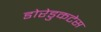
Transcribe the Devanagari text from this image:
डोरेडुकटेस